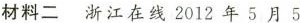
材料二 浙江在线2012年5月5